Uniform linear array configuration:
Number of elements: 64
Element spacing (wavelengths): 0.75
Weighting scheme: uniform
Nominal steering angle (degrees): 45
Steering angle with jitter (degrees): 46.014
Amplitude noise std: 0.05
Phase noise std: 0.05

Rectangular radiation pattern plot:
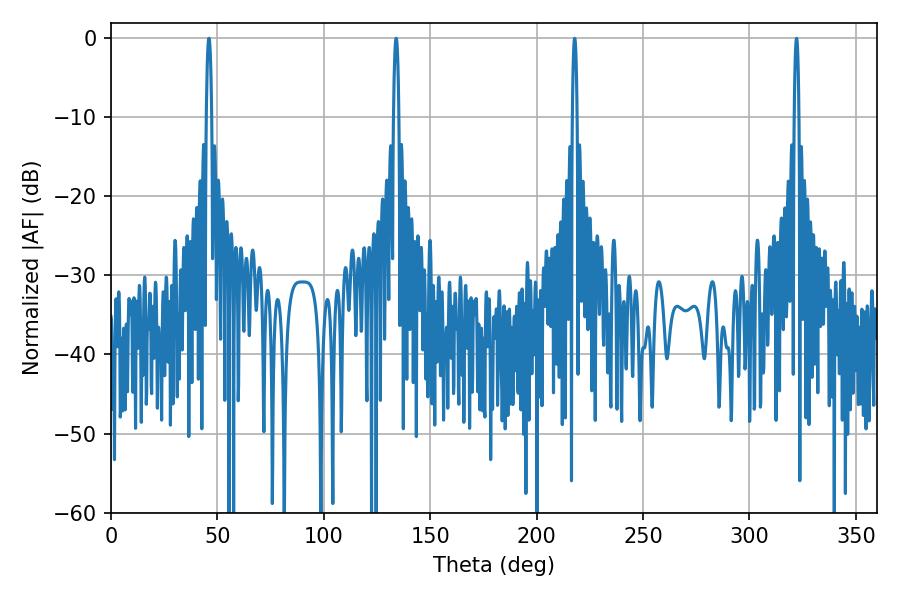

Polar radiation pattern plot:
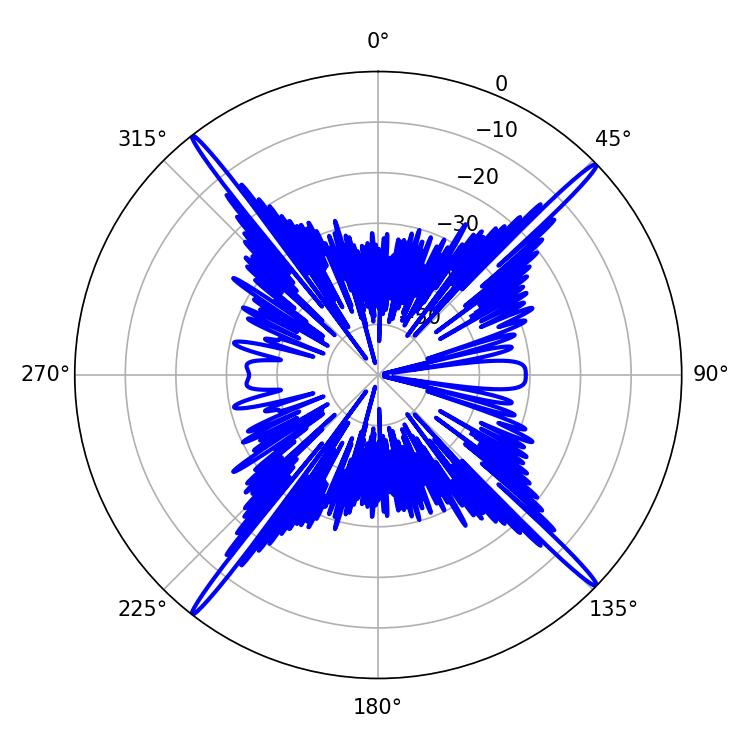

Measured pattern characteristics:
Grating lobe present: TRUE
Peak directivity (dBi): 22.663
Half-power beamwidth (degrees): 1.26
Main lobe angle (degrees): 133.92